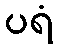
ပရံ